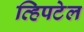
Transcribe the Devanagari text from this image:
व्हिपटेल